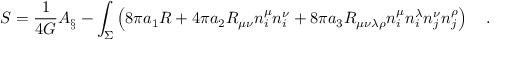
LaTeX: S = { \frac { 1 } { 4 G } } A _ { \S } - \int _ { \Sigma } \left( 8 \pi a _ { 1 } R + 4 \pi a _ { 2 } R _ { \mu \nu } n _ { i } ^ { \mu } n _ { i } ^ { \nu } + 8 \pi a _ { 3 } R _ { \mu \nu \lambda \rho } n _ { i } ^ { \mu } n _ { i } ^ { \lambda } n _ { j } ^ { \nu } n _ { j } ^ { \rho } \right) ~ ~ ~ .